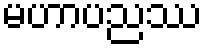
မဟာပညဿ